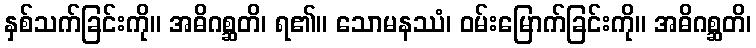
နှစ်သက်ခြင်းကို။ အဓိဂစ္ဆတိ၊ ရ၏။ သောမနဿံ၊ ဝမ်းမြောက်ခြင်းကို။ အဓိဂစ္ဆတိ၊